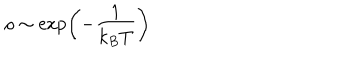
\rho \sim \exp \left( - \frac { 1 } { k _ { B } T } \right)